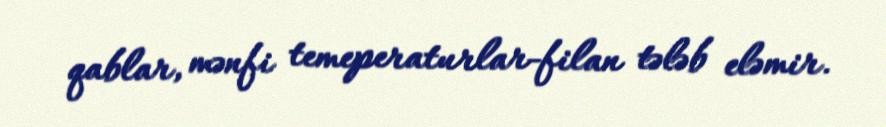
qablar, mənfi temeperaturlar-filan tələb eləmir.